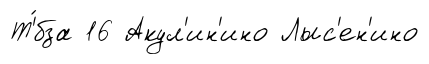
Т'́бза 16 Акул'ин'ино Лыс'ен'ино